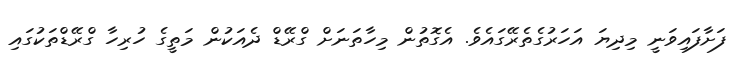
ފަށާފައިވަނީ މިދިޔަ އަހަރުގެތެރޭގައެވެ. އެގޮތުން މިހާތަނަށް ގްރޭޑް ދެއަކުން މަތީގެ ހުރިހާ ގްރޭޑްތަކުގައި